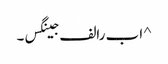
^ ا ب رالف جینگس۔